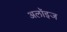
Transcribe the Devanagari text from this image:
अलॉइज